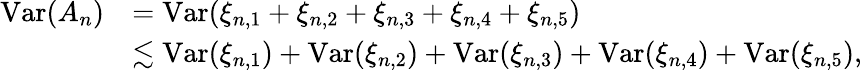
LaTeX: \begin{array}{rl}{\operatorname{Var}(A_{n})}&{=\operatorname{Var}(\xi_{n,1}+\xi_{n,2}+\xi_{n,3}+\xi_{n,4}+\xi_{n,5})}\\ &{\lesssim\operatorname{Var}(\xi_{n,1})+\operatorname{Var}(\xi_{n,2})+\operatorname{Var}(\xi_{n,3})+\operatorname{Var}(\xi_{n,4})+\operatorname{Var}(\xi_{n,5}),}\end{array}